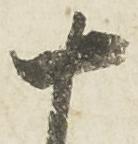
十